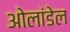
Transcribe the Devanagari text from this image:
ओलांडेल